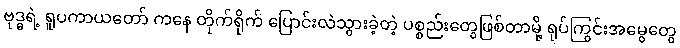
ဗုဒ္ဓရဲ့ ရူပကာယတော် ကနေ တိုက်ရိုက် ပြောင်းလဲသွားခဲ့တဲ့ ပစ္စည်းတွေဖြစ်တာမို့ ရုပ်ကြွင်းအမွေတွေ